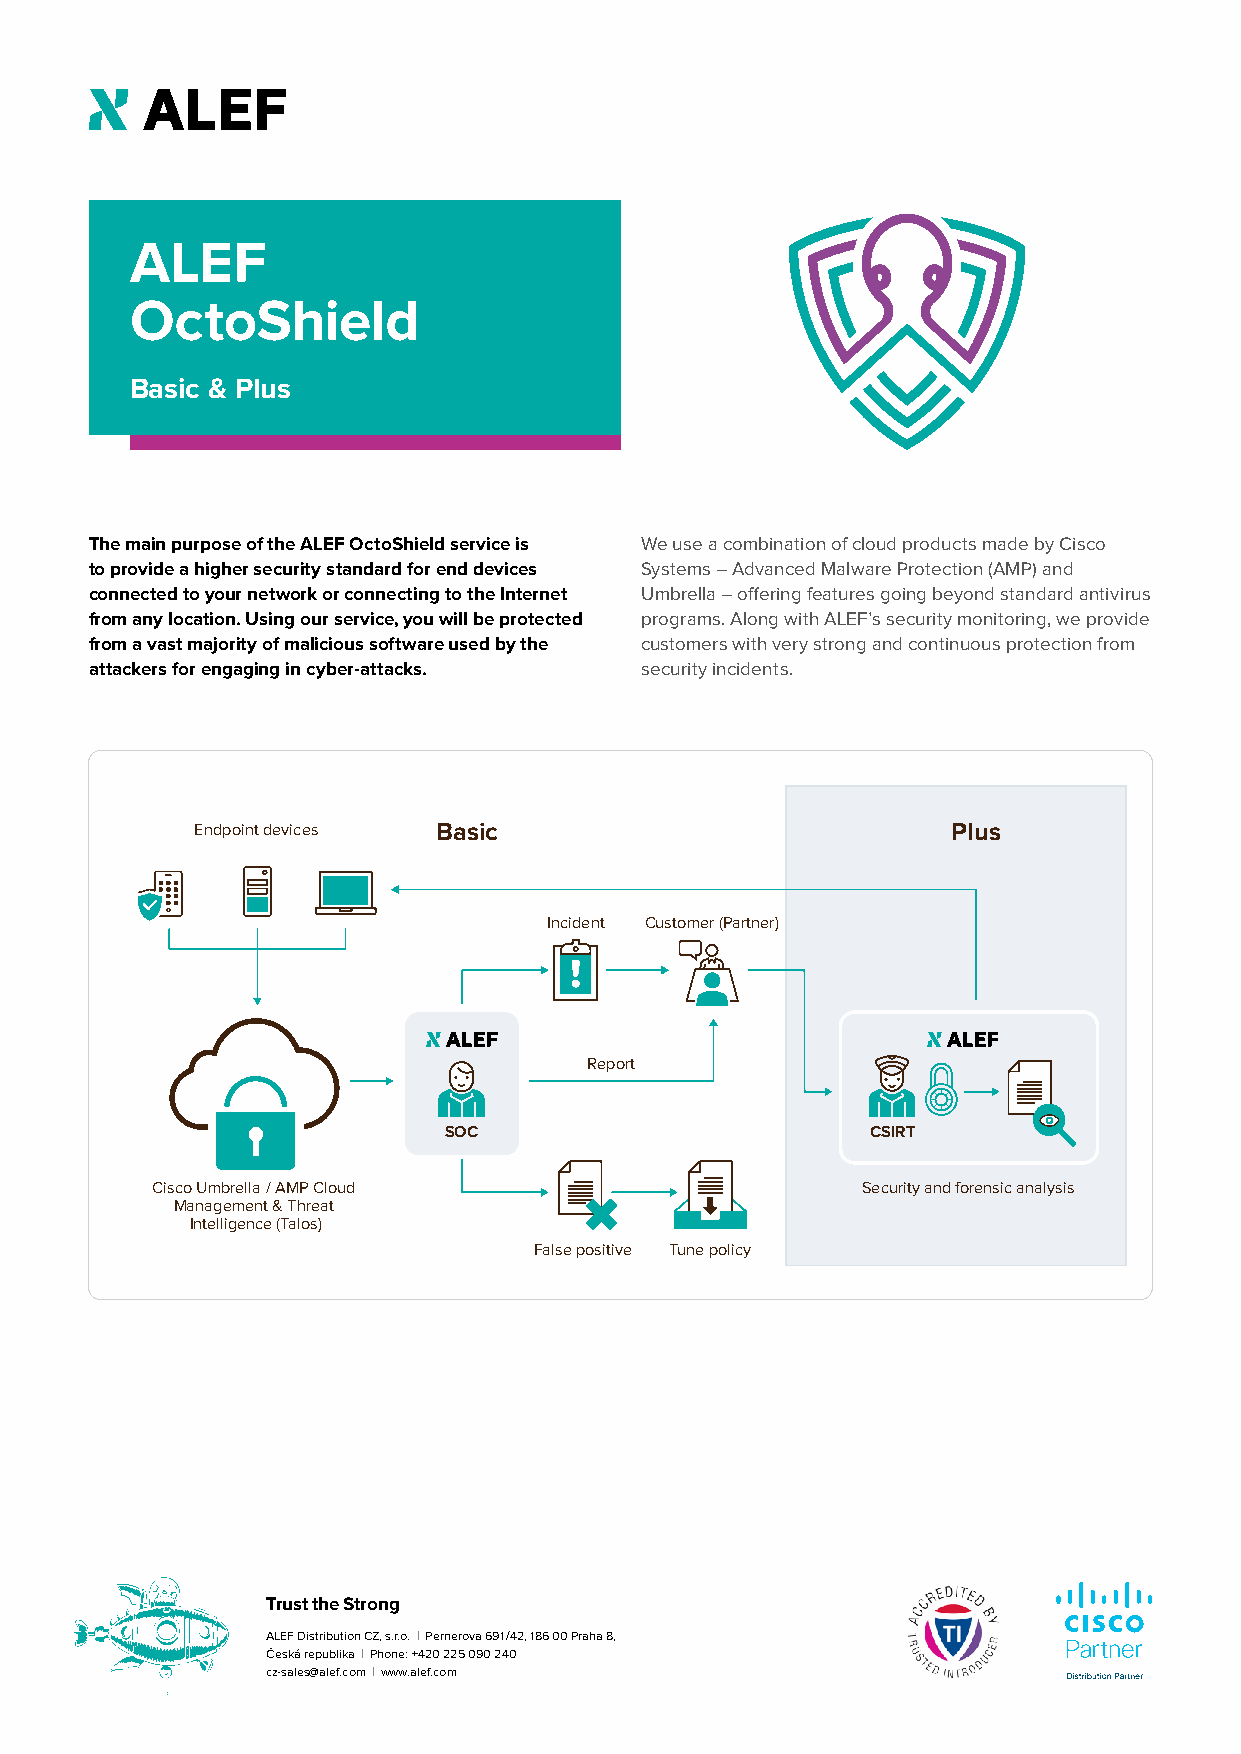
ALEF
 OctoShield
 Basic & Plus
 The main purpose of the ALEF OctoShield service is We use a combination of cloud products made by Cisco
 to provide a higher security standard for end devices Systems – Advanced Malware Protection (AMP) and
 connected to your network or connecting to the Internet Umbrella – offering features going beyond standard antivirus
 from any location. Using our service, you will be protected programs. Along with ALEF’s security monitoring, we provide
 from a vast majority of malicious software used by the customers with very strong and continuous protection from
 attackers for engaging in cyber-attacks. security incidents.
 Endpoint devices Basic                            Plus
 Incident Customer (Partner)
 Report
 SOC                          CSIRT
 Cisco Umbrella / AMP Cloud                     Security and forensic analysis
 Management & Threat
 Intelligence (Talos)
 False positive Tune policy
 Trust the Strong
 ALEF Distribution CZ, s.r.o. | Pernerova 691 /42, 186 00 Praha 8,
 Česká republika | Phone: +420 225 090 240
 cz-sales@alef.com | www.alef.com